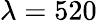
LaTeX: \lambda=520